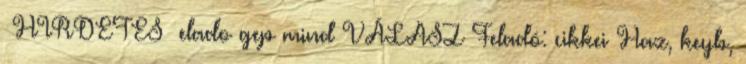
HIRDETES elado gep mind VÁLASZ Feladó: cikkei Haz, keyb,